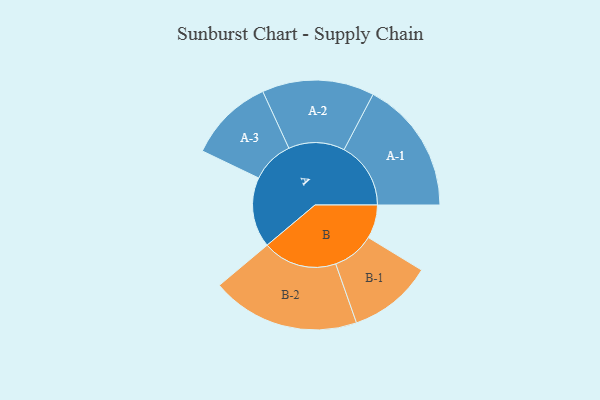
{"axis": {"x": "Segment", "y": "Value"}, "legend": ["", "A", "B"], "data": [{"x": "A", "y": 278, "type": ""}, {"x": "B", "y": 133, "type": ""}, {"x": "A-1", "y": 264, "type": "A"}, {"x": "A-2", "y": 222, "type": "A"}, {"x": "A-3", "y": 168, "type": "A"}, {"x": "B-1", "y": 166, "type": "B"}, {"x": "B-2", "y": 294, "type": "B"}]}